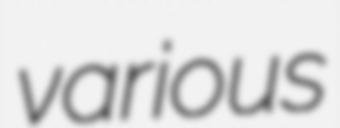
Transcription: various